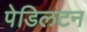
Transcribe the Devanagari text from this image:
पेडिलटन